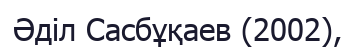
Әділ Сасбұқаев (2002),